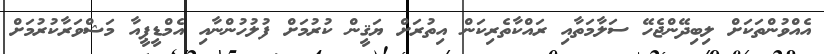
އެއްވުންތަކަށް ލިބިދޭންޖެހޭ ސަލާމަތާއި ރައްކާތެރިކަން އިތުރަށް ޔަޤީން ކުރުމަށް ފުލުހުންނާއި އެމްޑީޕީއާ މަޝްވަރާކުރުމަށް